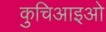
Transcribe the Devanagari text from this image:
कुचिआइओ